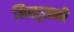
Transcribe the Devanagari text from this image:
भिखूसाठी